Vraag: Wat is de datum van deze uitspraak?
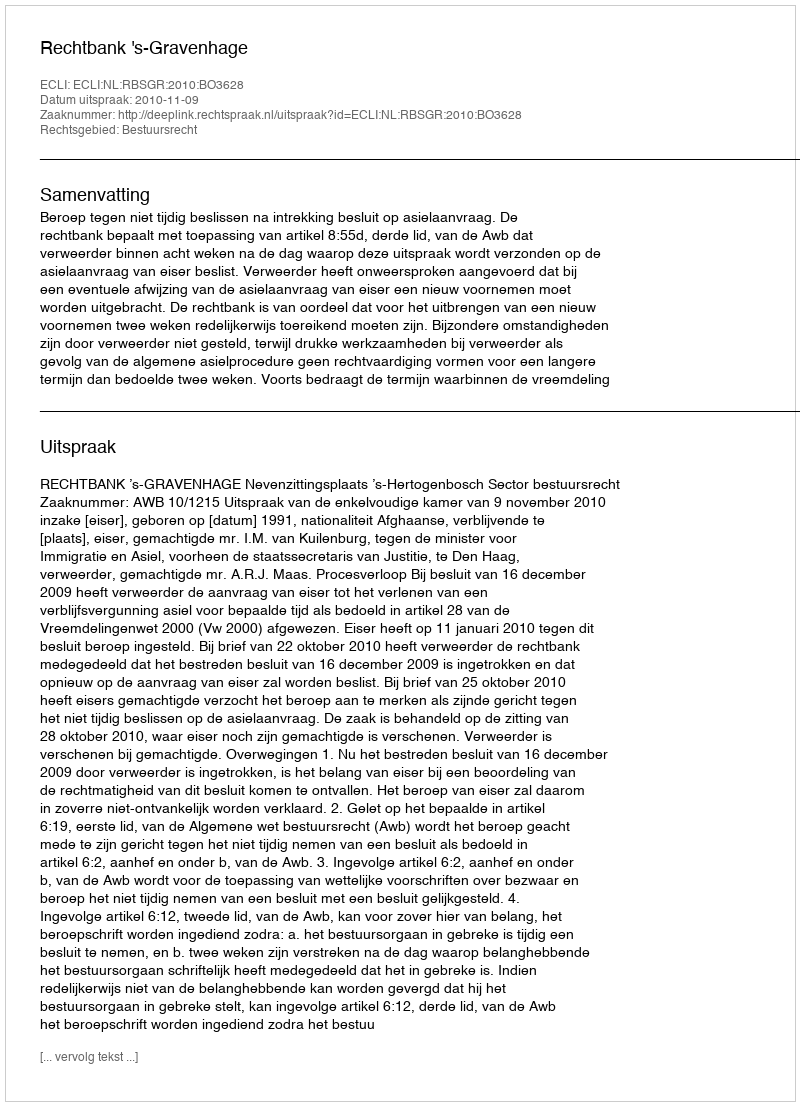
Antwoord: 2010-11-09